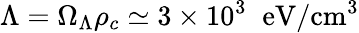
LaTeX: \Lambda=\Omega_{\Lambda}\rho_{c}\simeq 3\times 10^{3}\; \; \mathrm{eV/\mathrm{cm}^{3}}